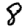
Digit: 8